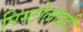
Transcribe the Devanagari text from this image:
पिस्टोलाइटी